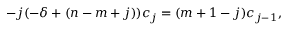
- j ( - \delta + ( n - m + j ) ) c _ { j } = ( m + 1 - j ) c _ { j - 1 } ,